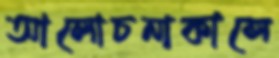
আলোচনাকালে